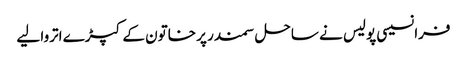
فرانسیسی پولیس نے ساحل سمندر پر خاتون کے کپڑے اتروا لیے